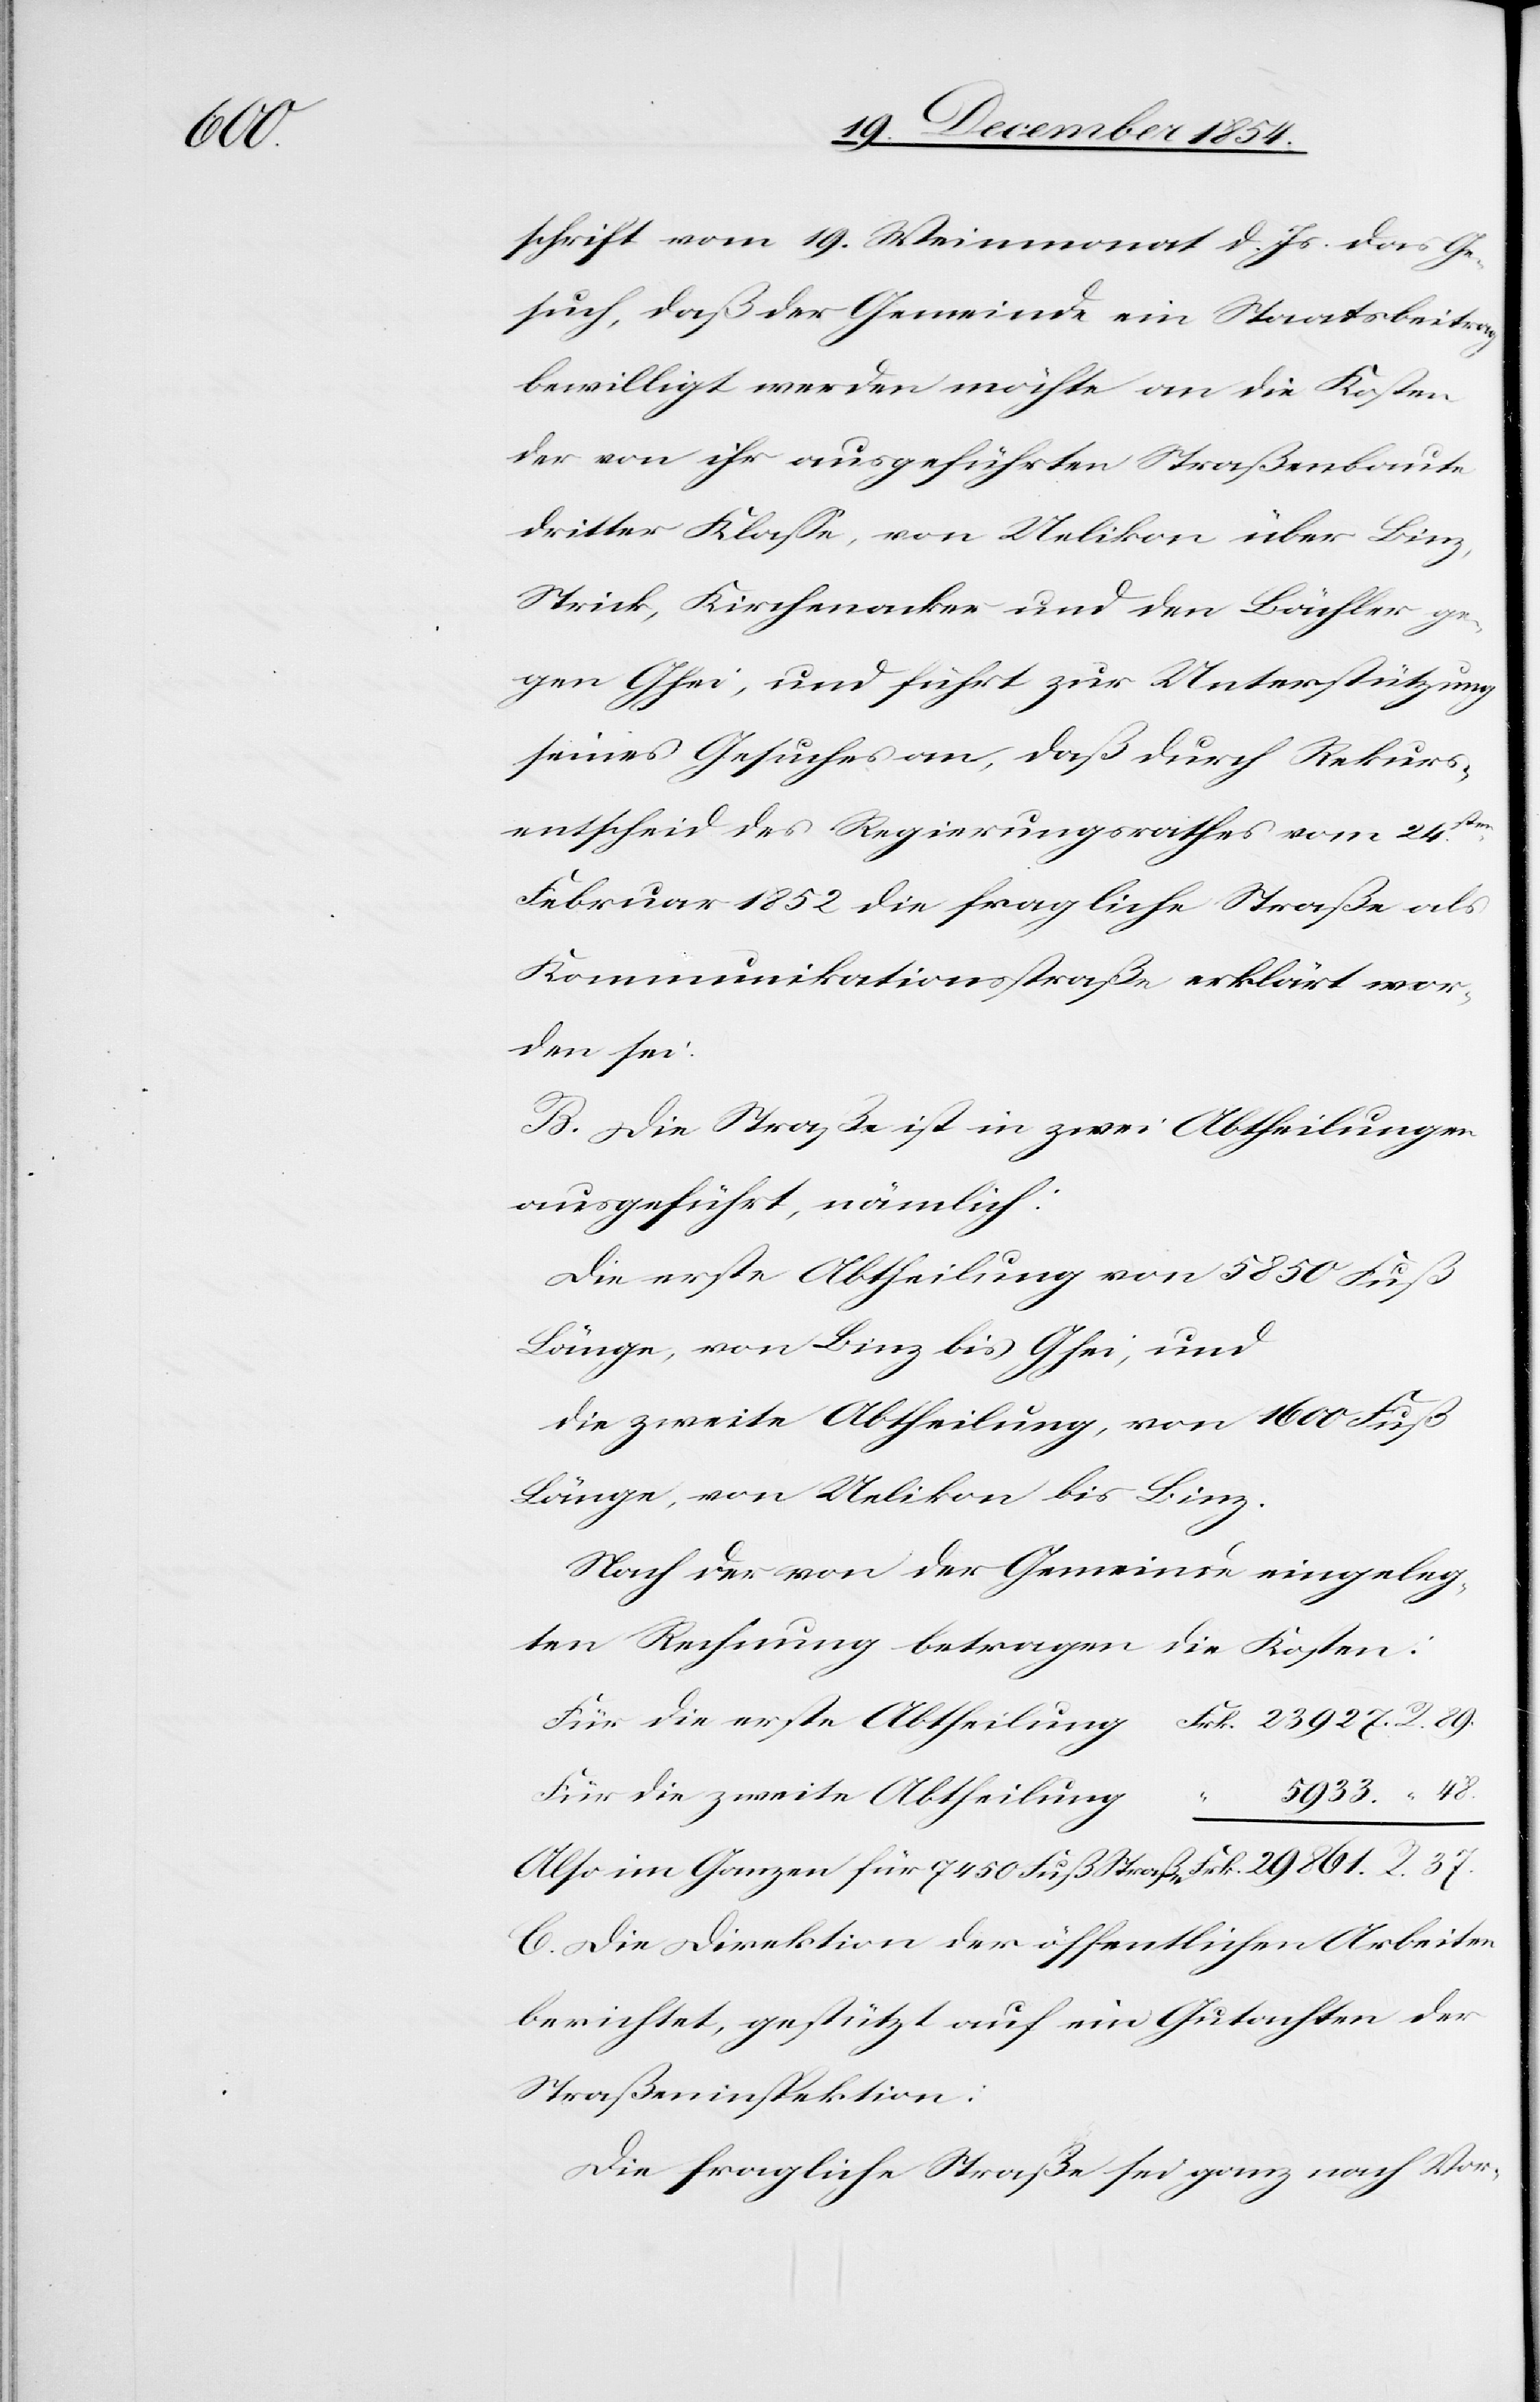
861.

schrift vom 19. Weinmonat d. Js. das Ge¬
such, daß der Gemeinde ein Staatsbeitrag
bewilligt werden möchte an die Kosten
der von ihr ausgeführten Straßenbaute
dritter Klaße, von Uelikon über Binz,
Strick, Kirchenacker und den Bächler ge¬
gen Ghei, und führt zur Unterstützung
seines Gesuches an, daß durch Rekurs¬
R.
entscheid des Regierungsrathes vom 24sten
Februar 1852 die fragliche Straße als
Kommunikationsstraße erklärt wor¬
den sei.
B. Die Straße ist in zwei Abtheilungen
ausgeführt, nämlich:
Die erste Abtheilung von 5850 Fuß
Länge, von Binz bis Ghei, und
die zweite Abtheilung, von 1600 Fuß
Länge, von Uelikon bis Binz.
Nach der von der Gemeinde eingeleg¬
ten Rechnung betragen die Kosten:
5933.
Für die zweite Abtheilung
C. Die Direktion der öffentlichen Arbeiten
berichtet, gestützt auf ein Gutachten der
Straßeninspektion:
Die fragliche Straße sei ganz nach Vor-